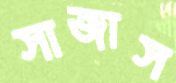
সাজাস